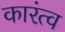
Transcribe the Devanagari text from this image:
कारंत्व